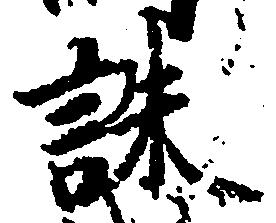
誅